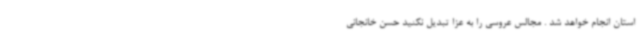
استان انجام خواهد شد . مجالس عروسی را به عزا تبدیل نکنید حسن خانجانی